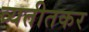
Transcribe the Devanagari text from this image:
व्यतीतकर